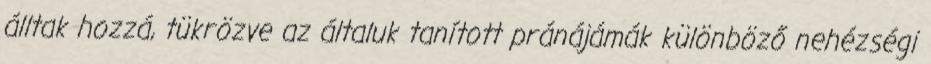
álltak hozzá, tükrözve az általuk tanított pránájámák különböző nehézségi